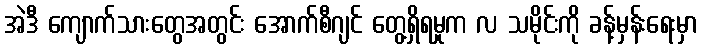
အဲဒီ ကျောက်သားတွေအတွင်း အောက်စီဂျင် တွေ့ရှိရမှုက လ သမိုင်းကို ခန့်မှန်းရေးမှာ